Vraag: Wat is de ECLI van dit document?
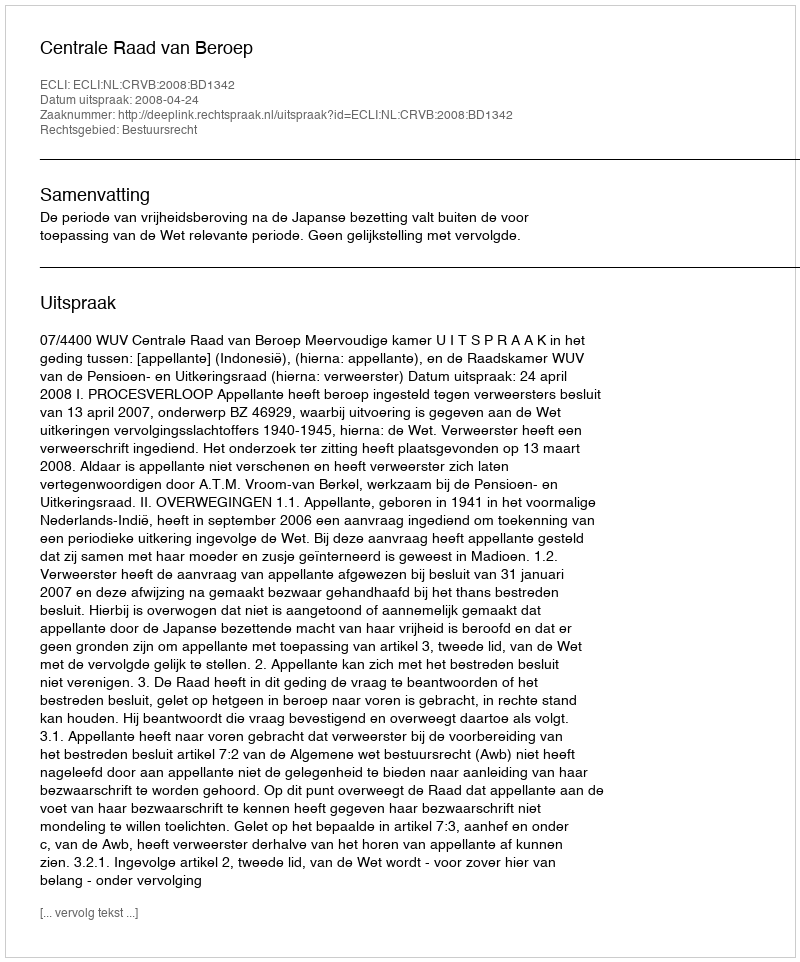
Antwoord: ECLI:NL:CRVB:2008:BD1342